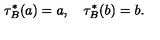
\tau _ { B } ^ { * } ( a ) = a , \quad \tau _ { B } ^ { * } ( b ) = b .